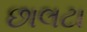
છાલટા